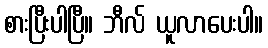
စားပြီးပါပြီ။ ဘီလ် ယူလာပေးပါ။